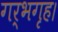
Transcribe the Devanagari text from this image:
गर्भगृह।